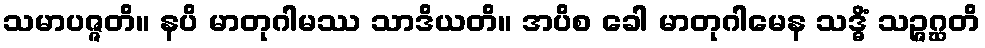
သမာပဇ္ဇတိ။ နပိ မာတုဂါမဿ သာဒိယတိ။ အပိစ ခေါ မာတုဂါမေန သဒ္ဓိံ သဉ္ဇဂ္ဃတိ